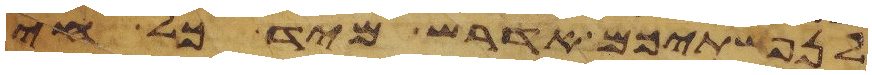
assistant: לנפשתיכם אדרש מיד כל חי